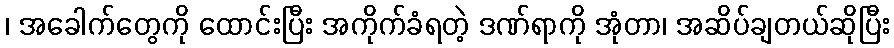
၊ အခေါက်တွေကို ထောင်းပြီး အကိုက်ခံရတဲ့ ဒဏ်ရာကို အုံတာ၊ အဆိပ်ချတယ်ဆိုပြီး